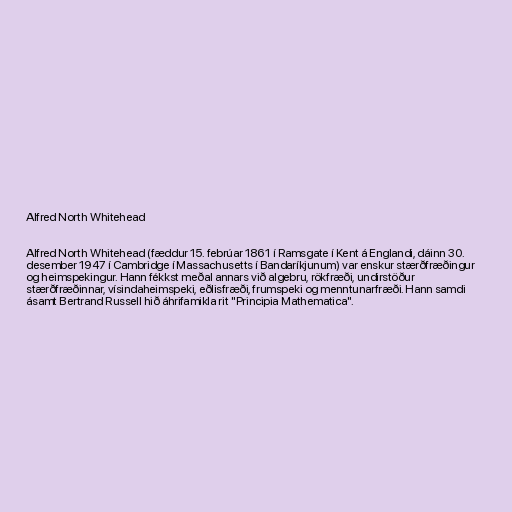
Alfred North Whitehead

Alfred North Whitehead (fæddur 15. febrúar 1861 í Ramsgate í Kent á Englandi, dáinn 30.
desember 1947 í Cambridge í Massachusetts í Bandaríkjunum) var enskur stærðfræðingur
og heimspekingur. Hann fékkst meðal annars við algebru, rökfræði, undirstöður
stærðfræðinnar, vísindaheimspeki, eðlisfræði, frumspeki og menntunarfræði. Hann samdi
ásamt Bertrand Russell hið áhrifamikla rit "Principia Mathematica".